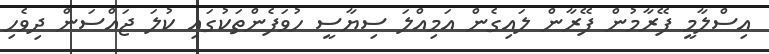
އިސްލާމީ ފޭރާމުން ފޭރާން ލައިގެން އަމިއްލަ ސިޔާސީ ހުވަފެންތަކުގައި ކުލަ ޖައްސަން ދިވެހި